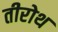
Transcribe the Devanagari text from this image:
तीरोथ